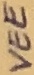
Text: VEE